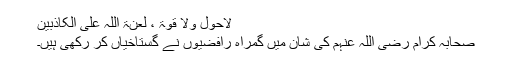
لاحول ولا قوۃ ، لعنۃ اللہ علی الکاذبین
صحابہ کرام رضی اللہ عنہم کی شان میں گمراہ رافضیوں نے گستاخیاں کر رکھی ہیں۔